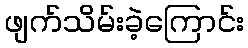
ဖျက်သိမ်းခဲ့ကြောင်း